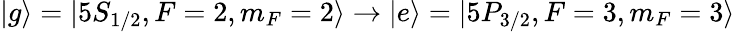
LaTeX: |g\rangle=|5S_{1/2},F=2,m_{F}=2\rangle\rightarrow|e\rangle=|5P_{3/2},F=3,m_{F}=3\rangle